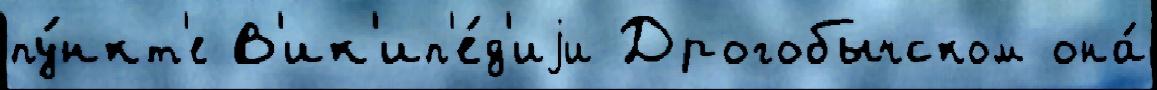
пу́нкт'е В'ик'ип'е́д'иjи Дрогобычском она́